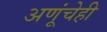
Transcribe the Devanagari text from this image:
अणूंचेही